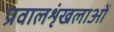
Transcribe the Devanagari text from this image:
प्रवालशृंखलाओं